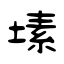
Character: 塐